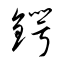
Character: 鍔